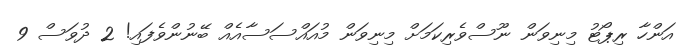
އަންހާ ރިޕޯޓު މިނިވަން ނޫސްވެރިކަމަށް މިނިވަން މުއައްސަސާއެއް ބޭނުންވެފައި! 2 ދުވަސް 9